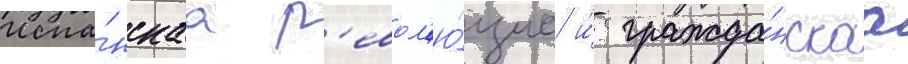
Испа́нскаа р'евол'ю́циа и́ гражда́нскаа